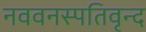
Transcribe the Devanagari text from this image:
नववनस्पतिवृन्द